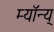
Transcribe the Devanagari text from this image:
म्यॉन्य्